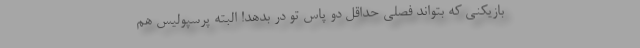
بازیکنی که بتواند فصلی حداقل دو پاس تو در بدهد! البته پرسپولیس هم